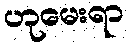
ဟုမေးရာ